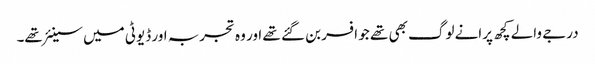
درجے والے کچھ پرانے لوگ بھی تھے جو افسر بن گئے تھے اور وہ تجربہ اور ڈیوٹی میں سینئر تھے۔